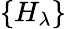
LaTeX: \{ H_{\lambda}\}